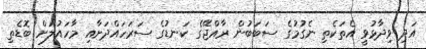
އަދި ވިދާޅުވީ އެތަކެތި ނެގުމުގެ ސަބަބުން ރާއްޖޭގެ ކަނޑުގެ ސަރަހައްދަށާއި މާހައުލަށް ބޮޑެތި